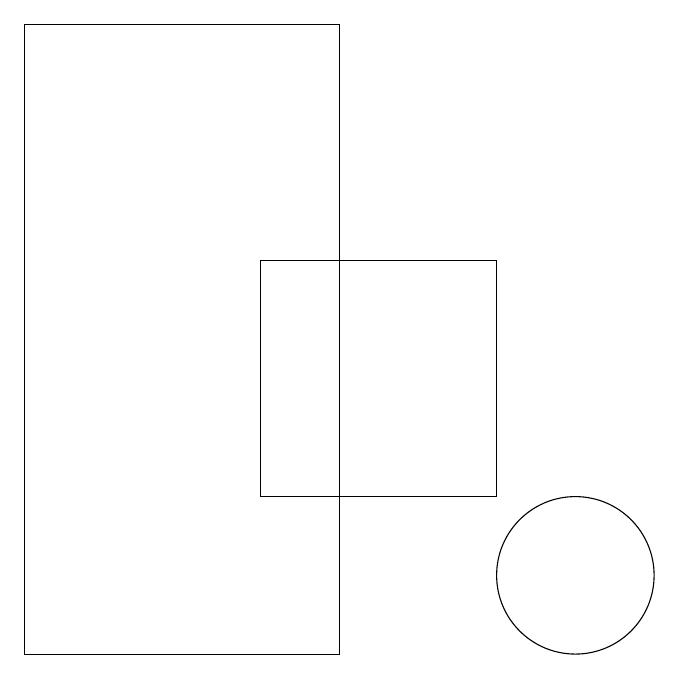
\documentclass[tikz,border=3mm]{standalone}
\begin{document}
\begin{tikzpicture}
\draw (3,18) rectangle (7,10);
\draw (10,11) circle (1);
\draw (6,12) rectangle (9,15);
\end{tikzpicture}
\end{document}